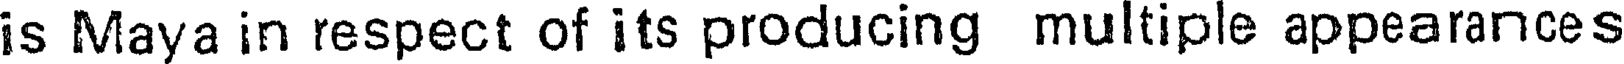
is Maya in respect of its producing multiple appearances